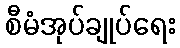
စီမံအုပ်ချုပ်ရေး